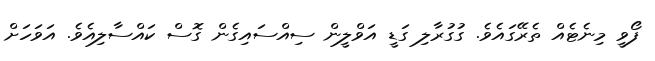
ފޯވީ މިނެޓެއް ތެރޭގައެވެ. ގުގުރާލި ގަޑީ އަވްލީން ސިއްސައިގެން ގޮސް ކައްސާލިއެވެ. އަވަހަށް